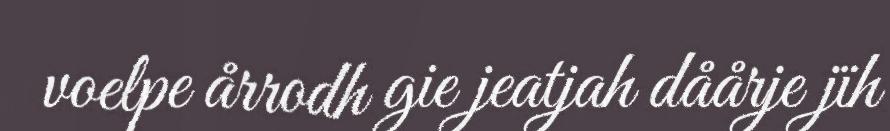
voelpe årrodh gie jeatjah dåårje jïh